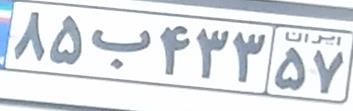
۸۵ب۴۳۳۵۷